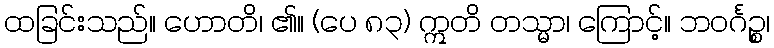
ထခြင်းသည်။ ဟောတိ၊ ၏။ (ပေ ၈၃) ဣတိ တသ္မာ၊ ကြောင့်။ ဘဝင်္ဂဉ္စ၊